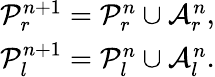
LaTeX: \begin{array}{r}{\mathcal{P}_{r}^{n+1}=\mathcal{P}_{r}^{n}\cup\mathcal{A}_{r}^{n},}\\ {\mathcal{P}_{l}^{n+1}=\mathcal{P}_{l}^{n}\cup\mathcal{A}_{l}^{n}.}\end{array}